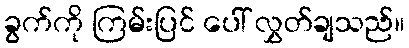
ခွက်ကို ကြမ်းပြင် ပေါ် လွှတ်ချသည်။